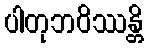
ပါတုဘဝိဿန္တိ